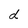
Character: d